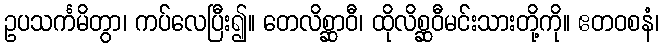
ဥပသင်္ကမိတွာ၊ ကပ်လေပြီး၍။ တေလိစ္ဆာဝီ၊ ထိုလိစ္ဆဝီမင်းသားတို့ကို။ ဧတဝစနံ၊